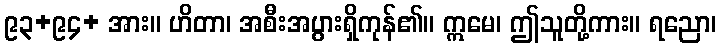
၉၃+၉၄+ အား။ ဟိတာ၊ အစီးအပွားရှိကုန်၏။ ဣမေ၊ ဤသူတို့ကား။ ရညော၊